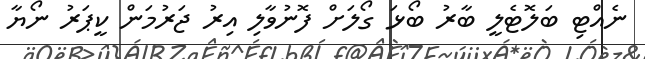
ނެއްޓި ބަލޮޓެލީ ބާރު ބޯޅަ ގޯލަށް ފޮނުވާލި އިރު ޖަރުމަން ކީޕަރު ނޯޔާ